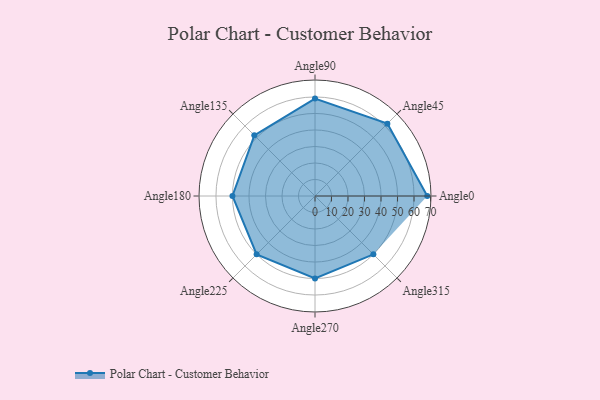
{"axis": {"x": "Angle", "y": "Radius"}, "legend": [""], "data": [{"x": "Angle0", "y": 68.0, "type": ""}, {"x": "Angle45", "y": 62.0, "type": ""}, {"x": "Angle90", "y": 59.0, "type": ""}, {"x": "Angle135", "y": 52.0, "type": ""}, {"x": "Angle180", "y": 50, "type": ""}, {"x": "Angle225", "y": 50, "type": ""}, {"x": "Angle270", "y": 50, "type": ""}, {"x": "Angle315", "y": 50, "type": ""}]}